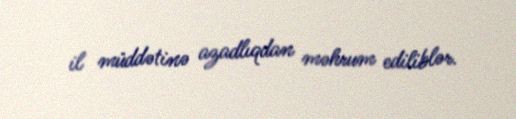
il müddətinə azadlıqdan məhrum ediliblər.